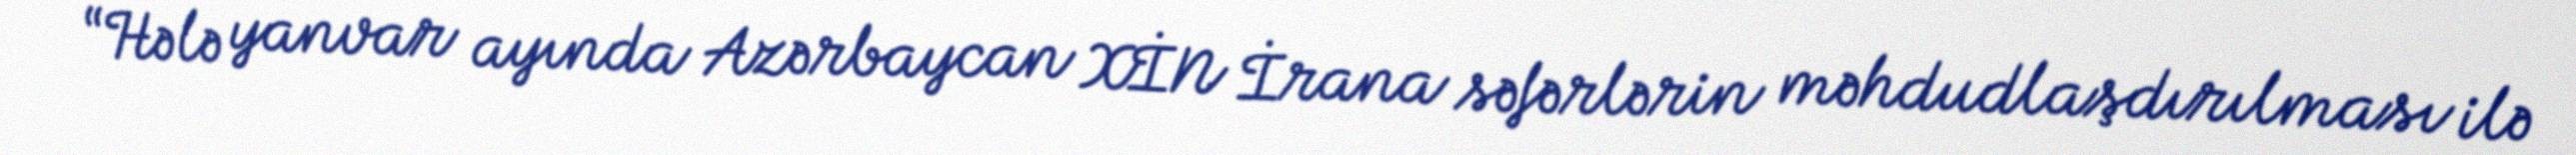
“Hələ yanvar ayında Azərbaycan XİN İrana səfərlərin məhdudlaşdırılması ilə